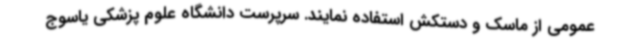
عمومی از ماسک و دستکش استفاده نمایند. سرپرست دانشگاه علوم پزشکی یاسوج